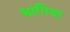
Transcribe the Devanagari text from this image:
भागिया